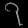
Digit: ၇